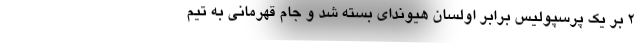
۲ بر یک پرسپولیس برابر اولسان هیوندای بسته شد و جام قهرمانی به تیم